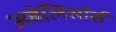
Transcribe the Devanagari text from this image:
अबेलिसॉर्स